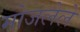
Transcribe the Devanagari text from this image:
मोजलेले